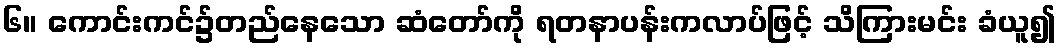
၆။ ကောင်းကင်၌တည်နေသော ဆံတော်ကို ရတနာပန်းကလာပ်ဖြင့် သိကြားမင်း ခံယူ၍